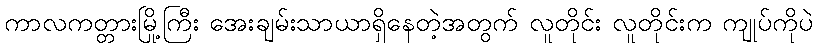
ကာလကတ္တားမြို့ကြီး အေးချမ်းသာယာရှိနေတဲ့အတွက် လူတိုင်း လူတိုင်းက ကျုပ်ကိုပဲ